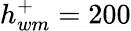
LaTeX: h_{wm}^{+}=200